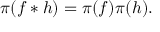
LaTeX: \pi ( f * h ) = \pi ( f ) \pi ( h ) .